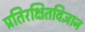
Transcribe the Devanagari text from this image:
प्रतिरक्षितविज्ञान